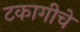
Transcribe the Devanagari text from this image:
टकागीचे